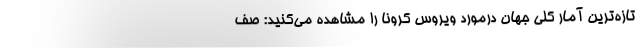
تازه‌ترین آمار کلی جهان درمورد ویروس کرونا را مشاهده می‌کنید: صف